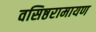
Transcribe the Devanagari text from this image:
वसिष्ठरामायण